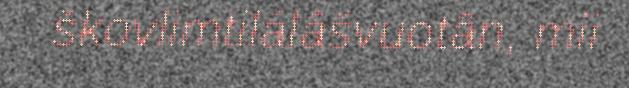
škovlimtilálâšvuotân, mii